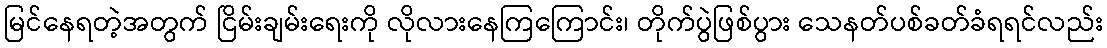
မြင်နေရတဲ့အတွက် ငြိမ်းချမ်းရေးကို လိုလားနေကြကြောင်း၊ တိုက်ပွဲဖြစ်ပွား သေနတ်ပစ်ခတ်ခံရရင်လည်း